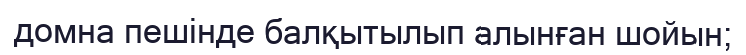
домна пешінде балқытылып алынған шойын;